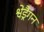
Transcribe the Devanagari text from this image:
श्वेड्रैगन